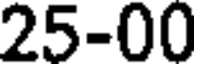
25-00